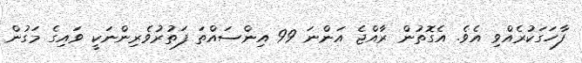
ފާހަގަކުރެއްވި އެވެ. އެގޮތުން ރާއްޖެ އަންނަ 99 އިންސައްތަ ފަތުރުވެރިންނަކީ ވައިގެ މަގުން